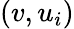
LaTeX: (v,u_{i})